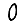
Digit: 0